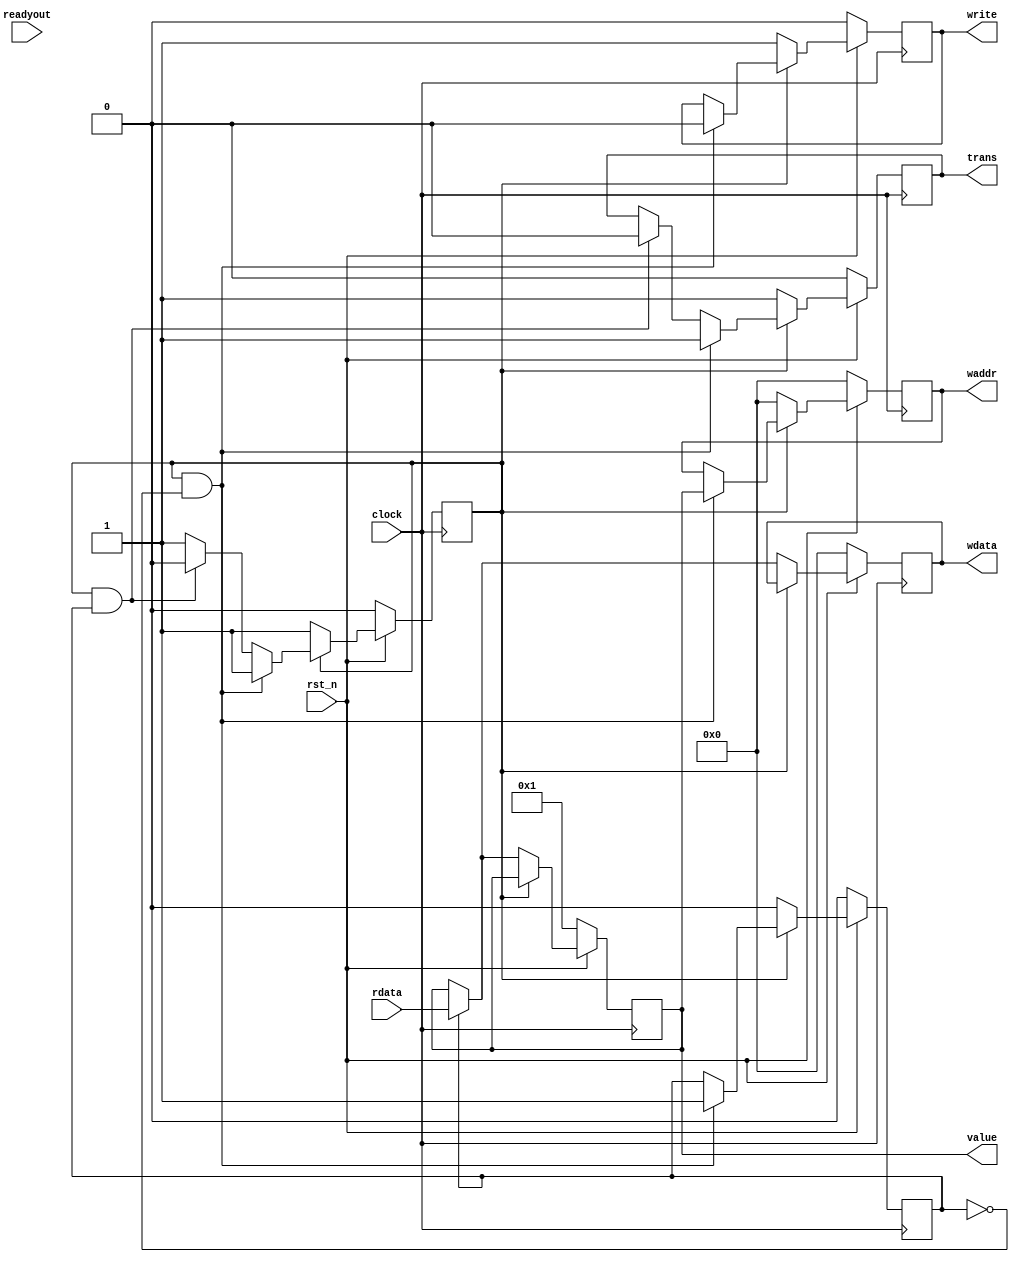

module Controller #(parameter VALUE=1) (
    input               clock
,   input               rst_n
,   input               readyout
,   input       [7:0]   rdata
,   output reg          write
,   output reg          trans
,   output reg  [7:0]   waddr
,   output reg  [7:0]   wdata
,   output reg  [7:0]   value
);
    reg set;
    reg await;
    reg set_next;
    reg await_next;
    reg write_next;
    reg trans_next;
    reg [7:0] waddr_next;
    reg [7:0] wdata_next;
    reg [7:0] value_next;

    always @(posedge clock) begin
        if (~rst_n) begin
            write <= 1'b0;
            trans <= 1'b0;
            waddr <= 8'b0;
            wdata <= 8'b0;
            value <= VALUE;
            set   <= 1'b0;
            await <= 1'b0;
        end else begin
            write <= write_next;
            trans <= trans_next;
            waddr <= waddr_next;
            wdata <= wdata_next;
            value <= value_next;
            set   <= set_next;
            await <= await_next;
        end
    end

    always @* begin
        write_next = write;
        trans_next = trans;
        waddr_next = waddr;
        wdata_next = wdata;
        value_next = value;
        set_next   = set;
        await_next = await;

        if (~set) begin
            write_next = 1'b1;
            trans_next = 1'b1;
            waddr_next = 8'b0;
            if (await) begin
                value_next = rdata;
                wdata_next = rdata;
                await_next = 1'b0;
            end else begin
                wdata_next = value;
            end
            set_next = 1'b1;
        end else if (set & ~await) begin
            write_next = 1'b0;
            trans_next = 1'b1;
            waddr_next = value;
            await_next = 1'b1;
        end else if (set & await) begin
            trans_next = 1'b0;
            set_next = 1'b0;
        end
    end

endmodule

/*
 * This module has two modes: even and odd. When in even mode, a read
 * transaction returns the value of waddr * 2 in the rdata wire. When in odd
 * mode, a read transaction returns the value of waddr * 3 + 1. Swiching between
 * modes is accomplished by writing an even or odd number to address 1.
 */
module Peripheral (
    input wire          clock
,   input wire          rst_n
,   input wire          write
,   input wire          trans
,   input wire  [7:0]   waddr
,   input wire  [7:0]   wdata
,   output reg          readyout
,   output reg  [7:0]   rdata
);
    reg         mode;
    reg         mode_next;
    reg         readyout_next;
    reg [7:0]   rdata_next;

    always @(posedge clock) begin
        if (~rst_n) begin
            mode        <= 1'b0; // Begin in even mode.
            readyout    <= 1'b0;
            rdata       <= 8'b0;
        end else begin
            mode        <= mode_next;
            readyout    <= readyout_next;
            rdata       <= rdata_next;
        end
    end

    always @* begin
        mode_next = mode;
        readyout_next = readyout;
        rdata_next = rdata;

        if (~trans) begin
            readyout_next = 1'b0;
        end else if (trans & write) begin
            if (waddr == 8'b0)  // Update mode
                mode_next = wdata[0];
            rdata_next = wdata;
            readyout_next = 1'b1;
        end else if (trans & ~write) begin
            case (mode)
                1'b0: rdata_next = waddr >> 1;
                1'b1: rdata_next = (waddr << 1) + waddr + 8'b1;
            endcase
            readyout_next = 1'b1;
        end
    end

endmodule